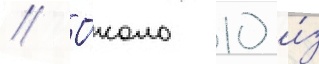
// О́коло 10 и́з